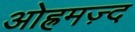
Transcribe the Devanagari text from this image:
ओह्रमज़्द